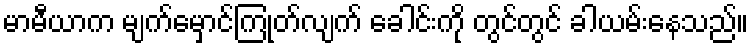
မာမီယာက မျက်မှောင်ကြုတ်လျက် ခေါင်းကို တွင်တွင် ခါယမ်းနေသည်။